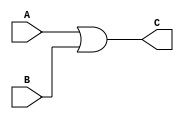
`timescale 1ns/1ns

module orMod(A, B, C);
    input A;
    input B;
    output C;
    assign C = A|B;
endmodule

//test bench

module tb;
    reg A, B;
    wire C;
    orMod ans(A, B, C);
    
    //testing for different states of A and B
    initial begin
        A = 1;
        B = 1;
        #2;
        $display("A = %b, B = %b, C = %b", A, B, C);
        #15;
        A = 0;
        B = 1;
        #2;
        $display("A = %b, B = %b, C = %b", A, B, C);
        #20;
        A=1;
        B=0;
        #2;
        $display("A = %b, B = %b, C = %b", A, B, C);
        #15;
        A = 0;
        B = 0;
        #2;
        $display("A = %b, B = %b, C = %b", A, B, C);
    end
endmodule